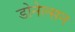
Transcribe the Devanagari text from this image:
डोनेल्सन